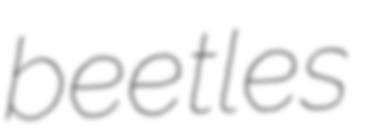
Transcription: beetles